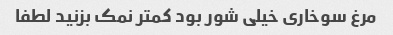
مرغ سوخاری خیلی شور بود کمتر نمک بزنید لطفا